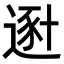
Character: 𨔿